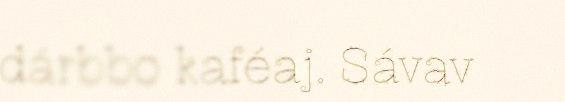
dárbbo kaféaj. Sávav